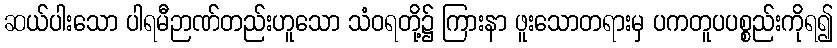
ဆယ်ပါးသော ပါရမီဉာဏ်တည်းဟူသော သံဝရတို့၌ ကြားနာ ဖူးသောတရားမှ ပကတူပပစ္စည်းကိုရ၍